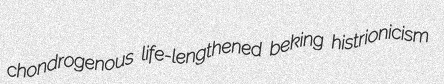
chondrogenous life-lengthened beking histrionicism